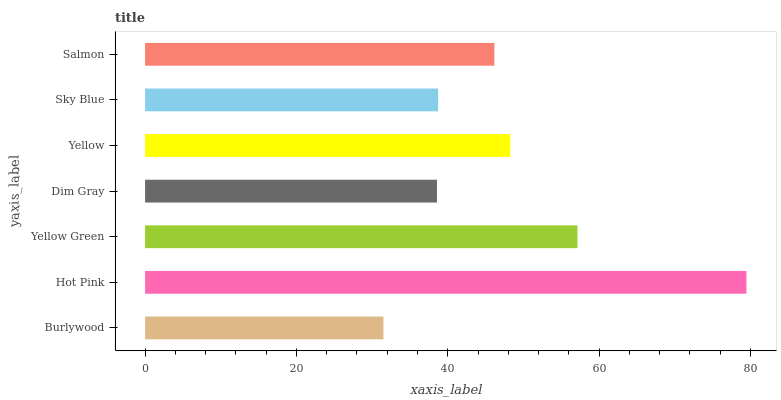
| yaxis_label | bars |
 | --- | --- |
 | Burlywood | 31.5 |
 | Hot Pink | 79.5 |
 | Yellow Green | 57.1 |
 | Dim Gray | 38.6 |
 | Yellow | 48.3 |
 | Sky Blue | 38.7 |
 | Salmon | 46.2 |